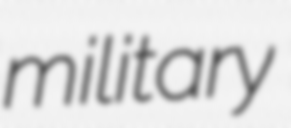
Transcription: military